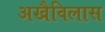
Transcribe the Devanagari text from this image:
अखैविलास